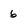
Character: 6